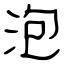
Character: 泡